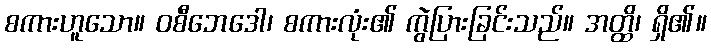
စကားဟူသော။ ဝစီဘေဒေါ၊ စကားလုံး၏ ကွဲပြားခြင်းသည်။ အတ္ထိ၊ ရှိ၏။